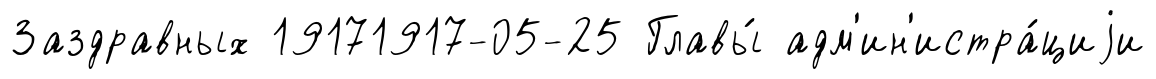
Заздравных 19171917-05-25 Главы́ адм'ин'истра́циjи